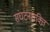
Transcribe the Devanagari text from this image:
संघटनशक्ति